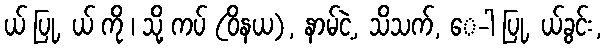
ယ် ပြု, ယ် ကို ၊ သို့ ကပ် (ဝိနယ), နာမ်ငဲ့, သိသက်, ေ-ါ ပြု, ယ်ခွင်း,